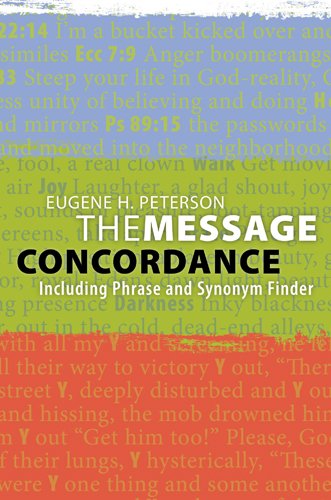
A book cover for The Message Concordance: Including Phrase and Synonym Finder; Eugene H. Peterson; Christian Books & Bibles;